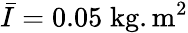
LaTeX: \bar{I}=0.05\; \mathrm{kg.m^{2}}